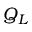
Q _ { L }